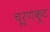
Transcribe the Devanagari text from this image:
चूर्णकूट